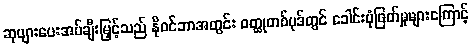
ဆုများပေးအပ်ချီးမြှင့်သည် နိုဝင်ဘာအတွင်း ဝတ္ထုတစ်ပုဒ်တွင် ခေါင်းပုံဖြတ်မှုများကြောင့်